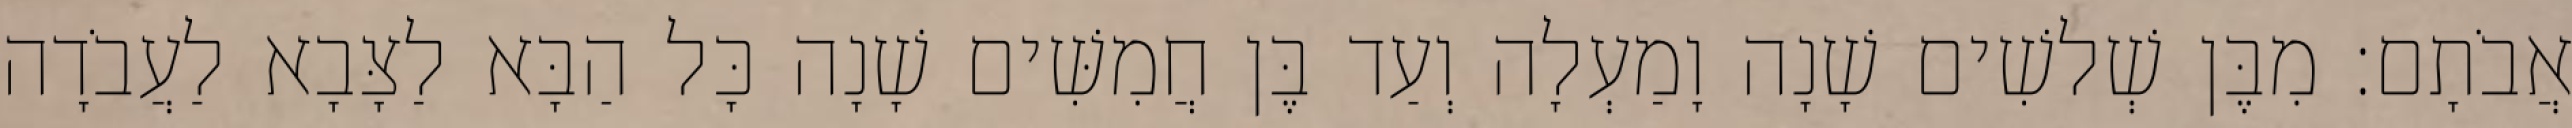
אֲבֹתָם׃ מִבֶּן שְׁלשִׁים שָׁנָה וָמַעְלָה וְעַד בֶּן חֲמִשִּׁים שָׁנָה כָּל הַבָּא לַצָּבָא לַעֲבֹדָה